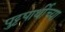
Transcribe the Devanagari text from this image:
पुट्टपार्थीच्या